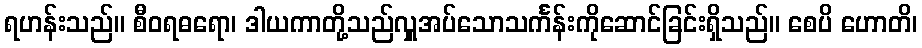
ရဟန်းသည်။ စီဝရဓရော၊ ဒါယကာတို့သည်လှူအပ်သောသင်္ကန်းကိုဆောင်ခြင်းရှိသည်။ စေပိ ဟောတိ၊